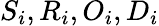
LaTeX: S_{i},R_{i},O_{i},D_{i}